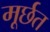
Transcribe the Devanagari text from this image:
मूर्छत